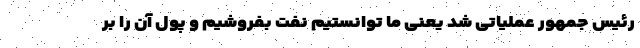
رئیس جمهور عملیاتی شد یعنی ما توانستیم نفت بفروشیم و پول آن را بر